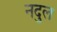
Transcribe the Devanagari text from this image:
नदुल